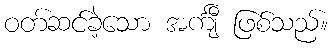
ဝတ်ဆင်ခဲ့သော အင်္ကျီ ဖြစ်သည်။